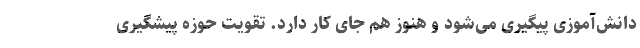
دانش‌آموزی پیگیری می‌شود و هنوز هم جای کار دارد. تقویت حوزه پیشگیری